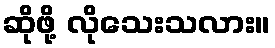
ဆိုဖို့ လိုသေးသလား။